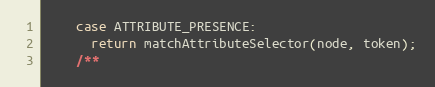
Language: JavaScript
    case ATTRIBUTE_PRESENCE:
      return matchAttributeSelector(node, token);
    /**